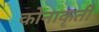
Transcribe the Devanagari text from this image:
कोनाकृती